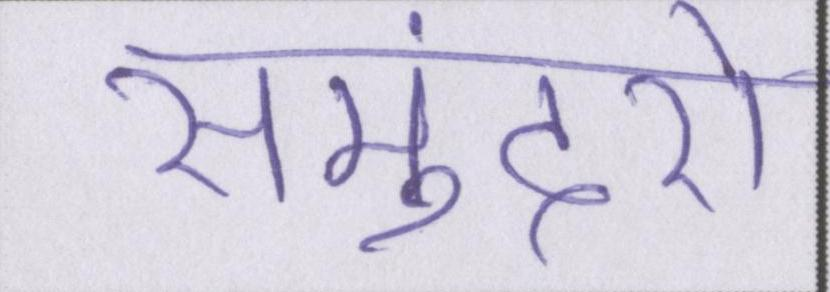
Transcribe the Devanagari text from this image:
समुंदरों